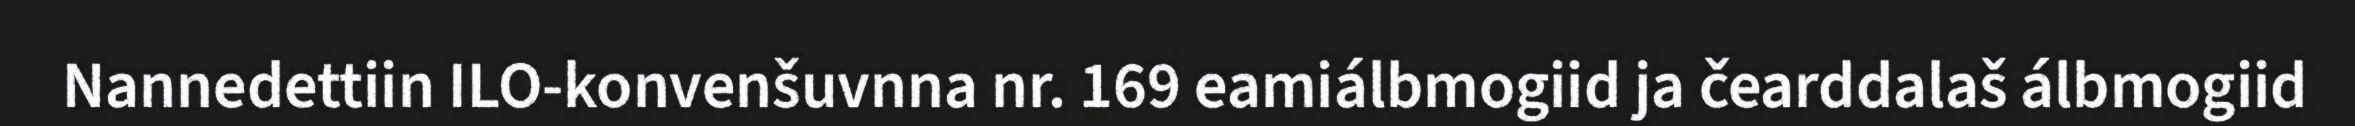
Nannedettiin ILO-konvenšuvnna nr. 169 eamiálbmogiid ja čearddalaš álbmogiid